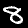
Digit: 8